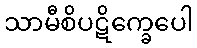
သာမီစိပဋိက္ခေပေါ